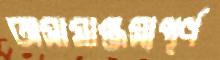
অসামাঞ্জস্যপূর্ণ